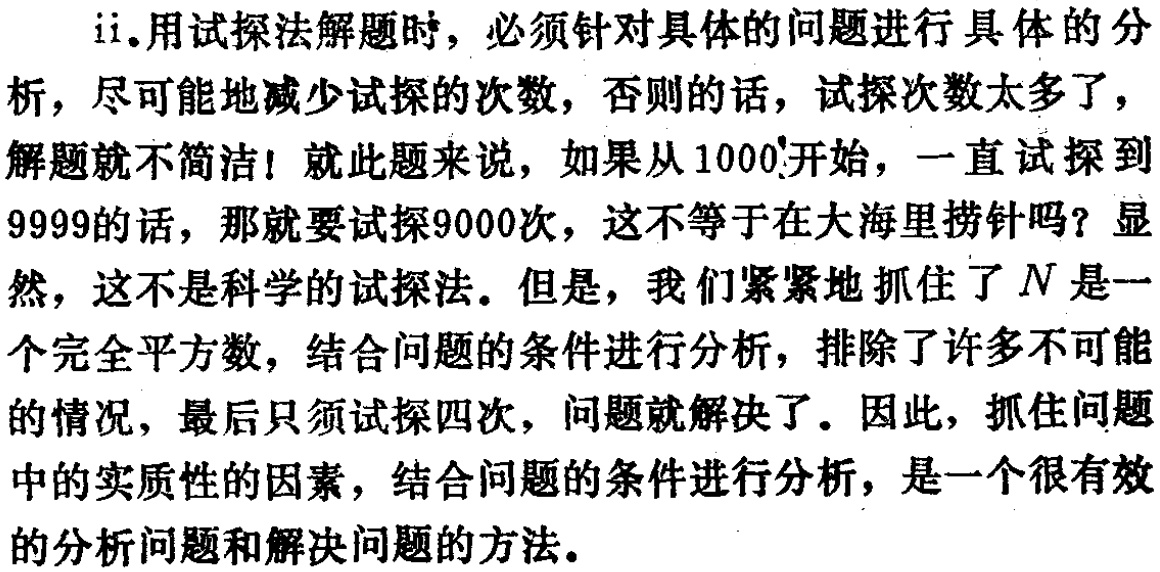
ii.用试探法解题时，必须针对具体的问题进行具体的分析，尽可能地减少试探的次数，否则的话，试探次数太多了，解题就不简洁！就此题来说，如果从1000开始，一直试探到9999的话，那就要试探9000次，这不等于在大海里捞针吗？显然，这不是科学的试探法。但是，我们紧紧地抓住了$N$是一个完全平方数，结合问题的条件进行分析，排除了许多不可能的情况，最后只须试探四次，问题就解决了。因此，抓住问题中的实质性的因素，结合问题的条件进行分析，是一个很有效的分析问题和解决问题的方法。